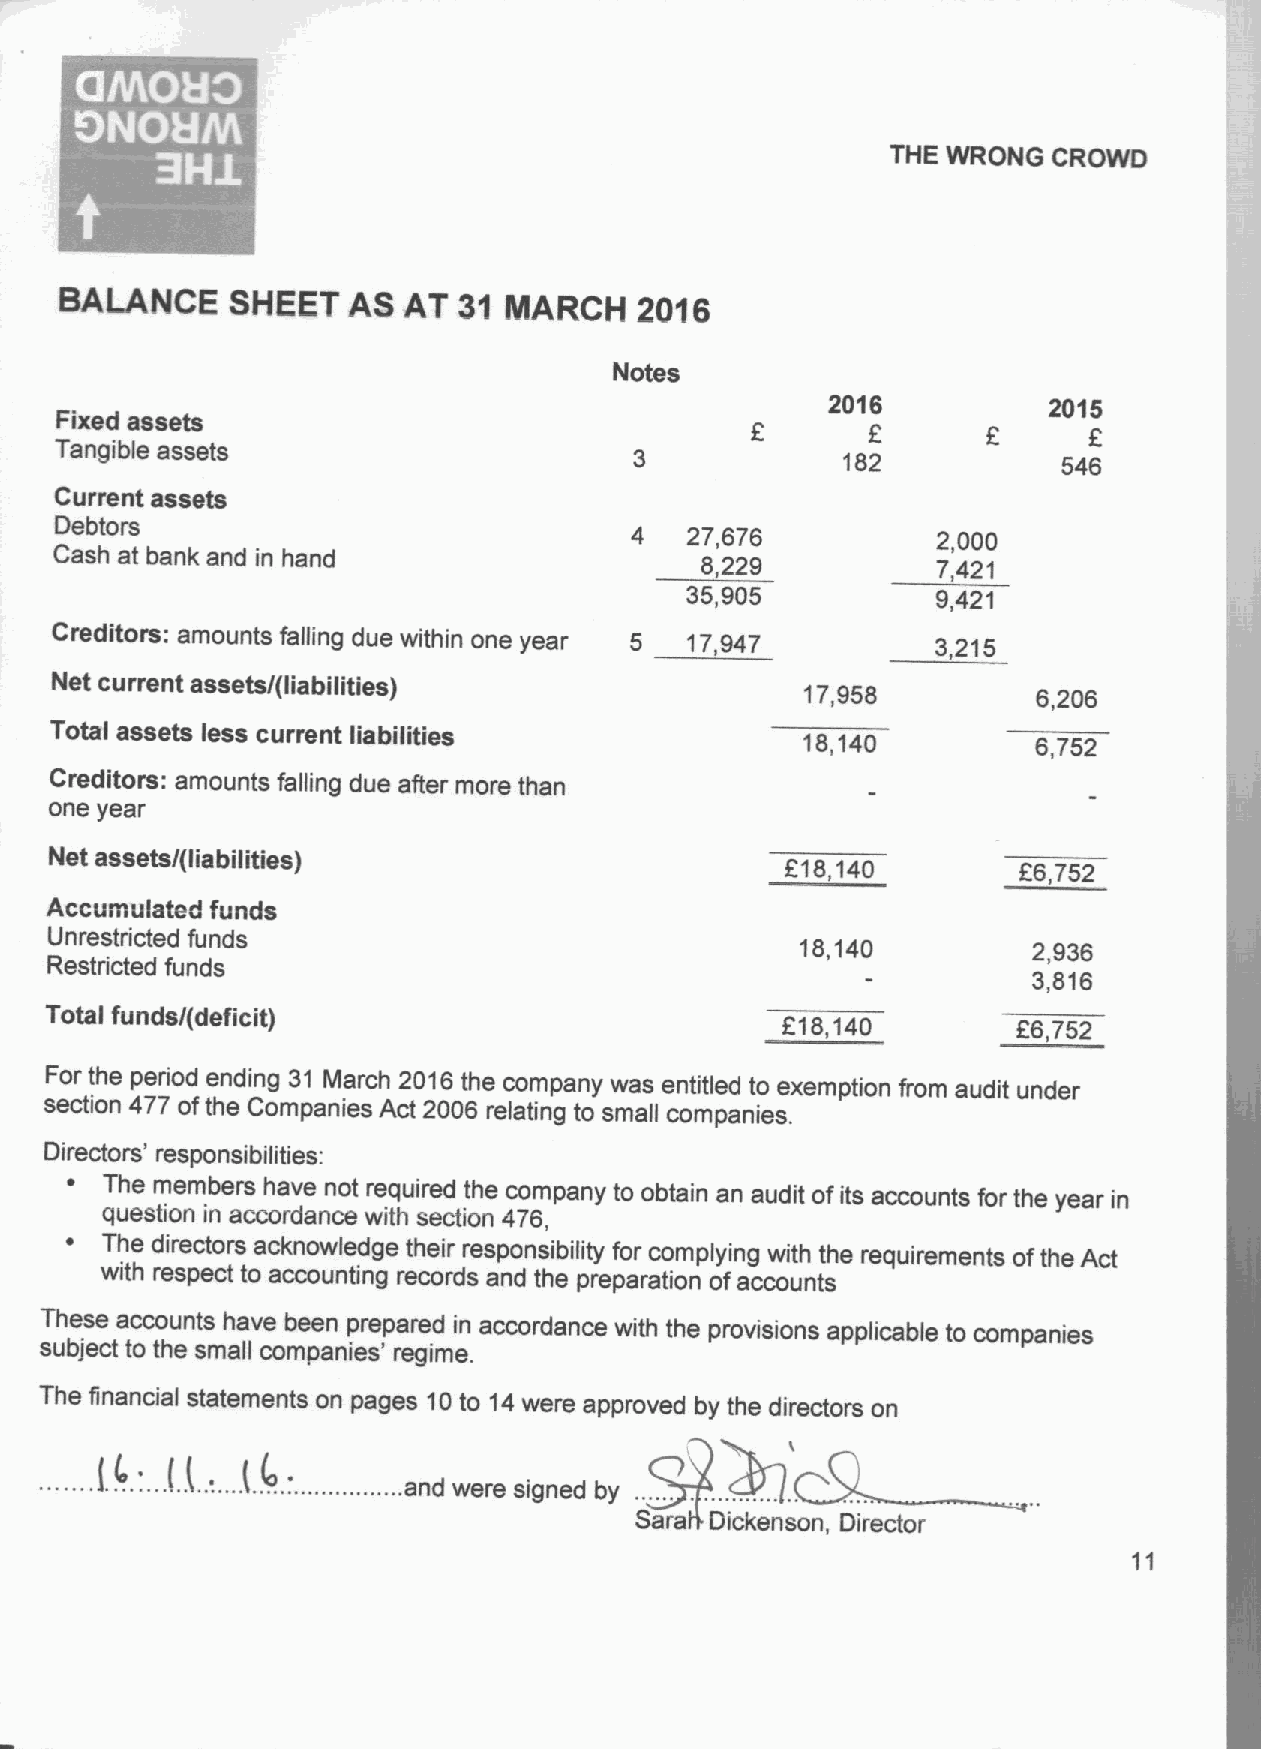
~   ~
 ~ e
 THE WRONG  CROWD
 BALANCE    SHEET   As  AT 31 INARCH   2016
 Notes
 2016          2015
 Fixed assets
 Tangible assets
 182           546
 Current assets
 Debtors
 4  27,676           2,000
 Cash at bank and in hand                  8,229           7,421
 35,905           9,421
 Creditors: amounts falling due within one year 5 17,947    3,215
 Net current assets/(liabilities)
 17,958          6,206
 Total assets less current liabilities             18,140          6,752
 Creditors: amounts falling due after more than
 one year
 Net assets/(liabilities)
 618,140        R6,752
 Accumulated funds
 Unrestricted funds
 18,140         2,936
 Restricted funds
 3,816
 Total funds/(deficit)
 818,140        E6,752
 For the period ending 31 March 2016the company was entitled to exemption from audit under
 section 477 ofthe Companies Act 2006 relating to small companies.
 Directors' responsibilities:
 ~  The members have not required the company to obtain an audit ofits accounts for the year in
 question in accordance with section 476,
 ~  The directors acknowledge their responsibility for complying with the requirements ofthe Act
 with respect to accounting records and the preparation ofaccounts
 These accounts have been prepared in accordance with the provisions applicable to companies
 subject to the small companies' regime.
 The financial statements on pages 10to 14were approved by the directors on
 .....f.~. '....(..t.......t.~. .................and
 were signed by ...... .
 ...4B.
 .
 Sara Dickenson, Director
 11